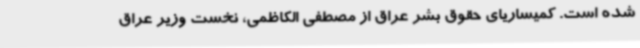
شده است. کمیساریای حقوق بشر عراق از مصطفی الکاظمی، نخست وزیر عراق